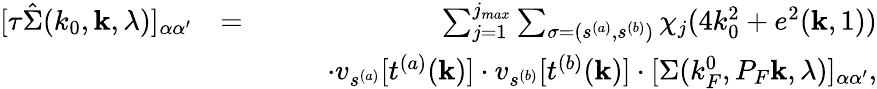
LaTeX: \begin{array}{rlr}{[\tau\hat{\Sigma}(k_{0},{\mathbf k},\lambda)]_{\alpha\alpha^{\prime}}}&{=}&{\sum_{j=1}^{j_{max}}\sum_{\sigma=(s^{(a)},s^{(b)})}\chi_{j}(4k_{0}^{2}+e^{2}({\mathbf k},1))}\\ &{}&{\quad\quad\cdot v_{s^{(a)}}[t^{(a)}({\mathbf k})]\cdot v_{s^{(b)}}[t^{(b)}({\mathbf k})]\cdot[\Sigma(k_{F}^{0},P_{F}{\mathbf k},\lambda)]_{\alpha\alpha^{\prime}},}\end{array}